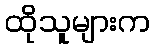
ထိုသူများက